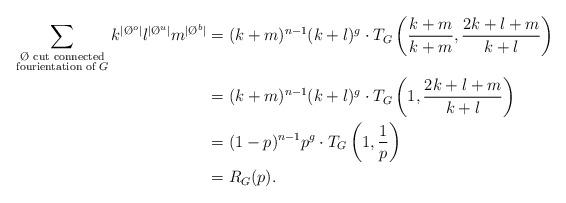
LaTeX: \begin{align*}\sum_{\substack{\textrm{$\O$ cut connected}\\\textrm{fourientation of $G$}} } k^{|\O^o|}l^{|\O^u|}m^{|\O^b|} &= (k+m)^{n-1}(k+l)^g\cdot T_G\left(\frac {k + m}{k+m},\frac{2 k + l + m}{k+l}\right)\\&= (k+m)^{n-1}(k+l)^g\cdot T_G\left(1,\frac{2k + l + m}{k+l}\right) \\&= (1-p)^{n-1}p^g\cdot T_G\left(1,\frac{1}{p}\right) \\&= R_G(p).\end{align*}